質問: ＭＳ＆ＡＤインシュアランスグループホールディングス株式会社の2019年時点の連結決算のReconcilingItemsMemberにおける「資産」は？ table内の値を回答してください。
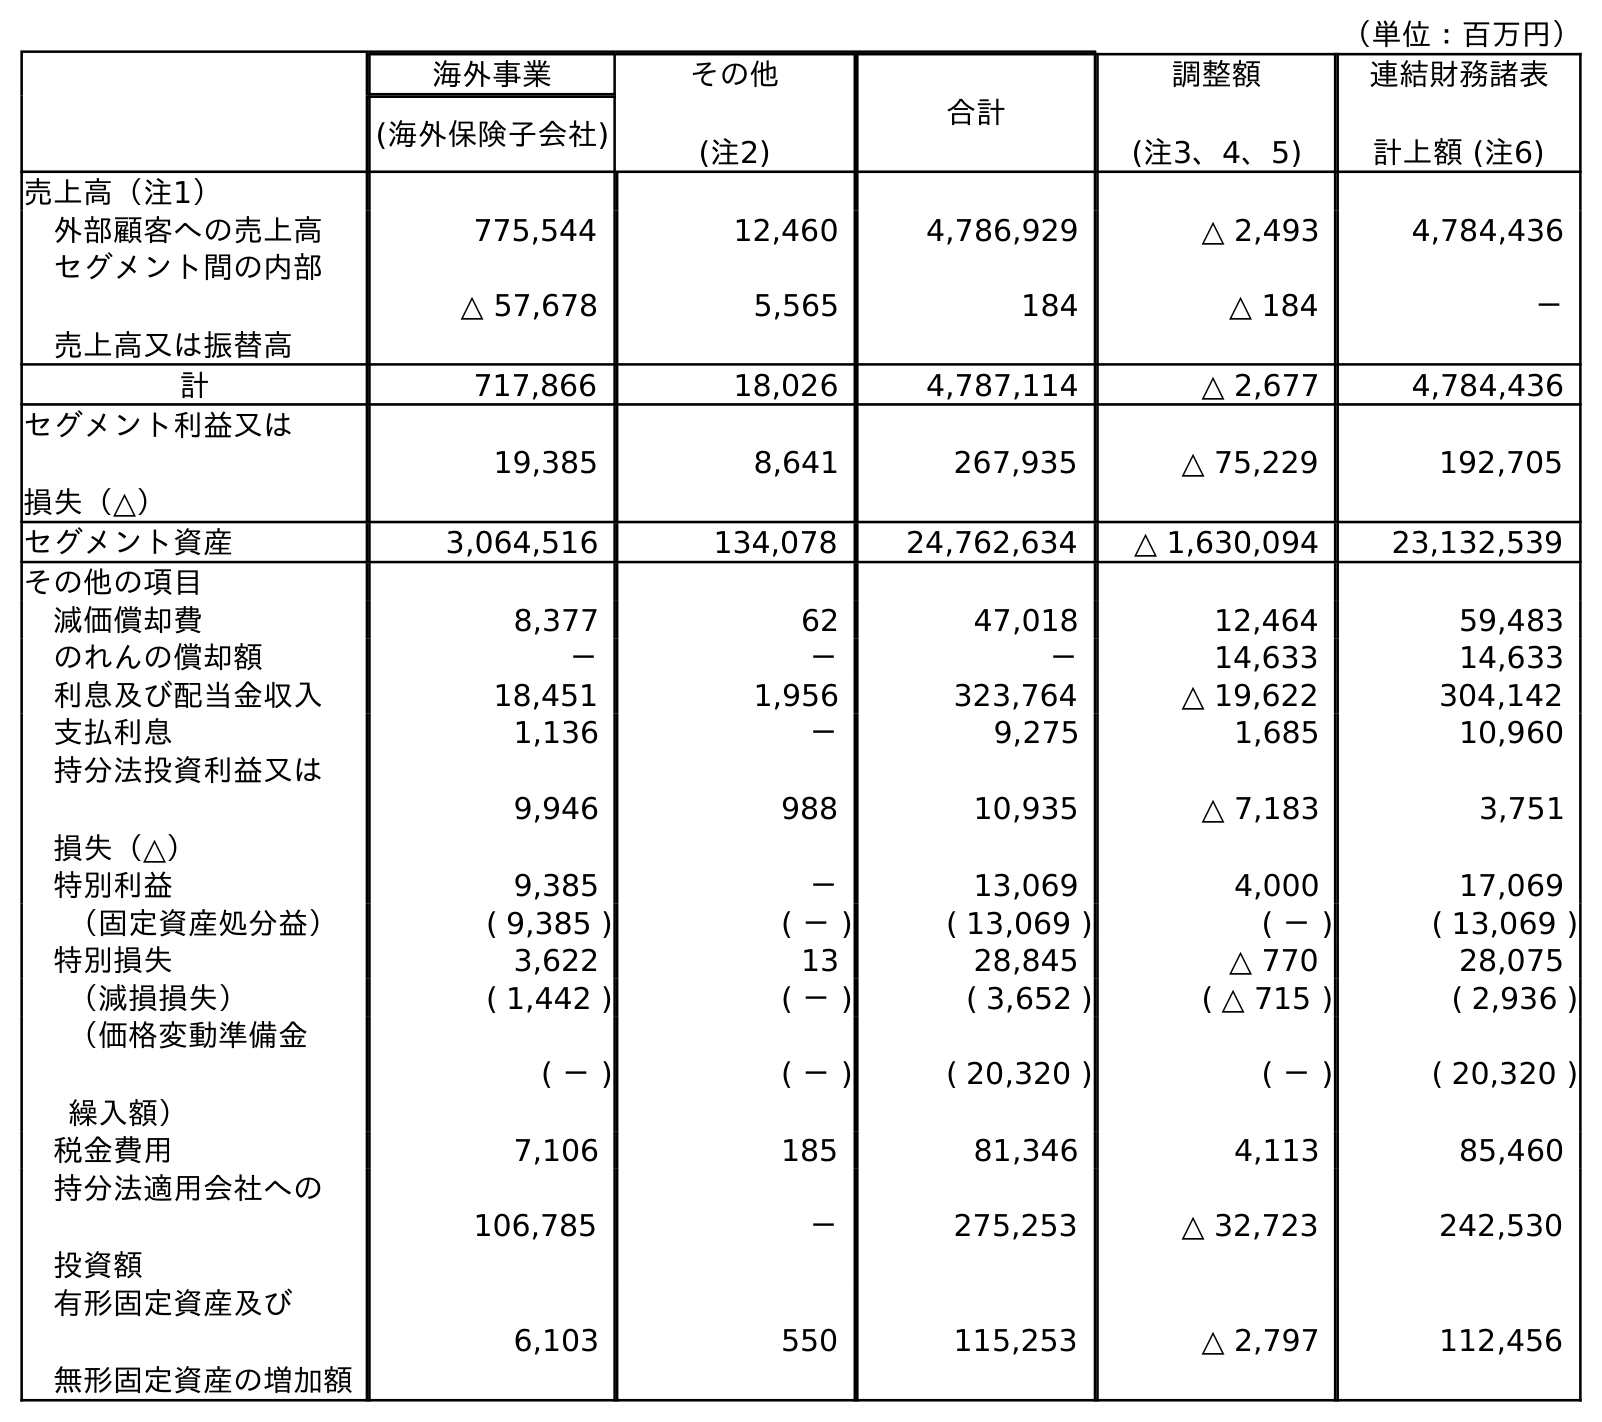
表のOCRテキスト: （単位：百万円） 海外事業 その他 (注2) 合計 調整額 (注3、4、5) 連結財務諸表 計上額 (注6) (海外保険子会社) 売上高（注1） 外部顧客への売上高 775,544 12,460 4,786,929 △ 2,493 4,784,436 セグメント間の内部 売上高又は振替高 △ 57,678 5,565 184 △ 184 － 計 717,866 18,026 4,787,114 △ 2,677 4,784,436 セグメント利益又は 損失（△） 19,385 8,641 267,935 △ 75,229 192,705 セグメント資産 3,064,516 134,078 24,762,634 △ 1,630,094 23,132,539 その他の項目 減価償却費 8,377 62 47,018 12,464 59,483 のれんの償却額 － － － 14,633 14,633 利息及び配当金収入 18,451 1,956 323,764 △ 19,622 304,142 支払利息 1,136 － 9,275 1,685 10,960 持分法投資利益又は 損失（△） 9,946 988 10,935 △ 7,183 3,751 特別利益 9,385 － 13,069 4,000 17,069 （固定資産処分益） ( 9,385 ) ( － ) ( 13,069 ) ( － ) ( 13,069 ) 特別損失 3,622 13 28,845 △ 770 28,075 （減損損失） ( 1,442 ) ( － ) ( 3,652 ) ( △ 715 ) ( 2,936 ) （価格変動準備金 繰入額） ( － ) ( － ) ( 20,320 ) ( － ) ( 20,320 ) 税金費用 7,106 185 81,346 4,113 85,460 持分法適用会社への 投資額 106,785 － 275,253 △ 32,723 242,530 有形固定資産及び 無形固定資産の増加額 6,103 550 115,253 △ 2,797 112,456
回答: △1,630,094